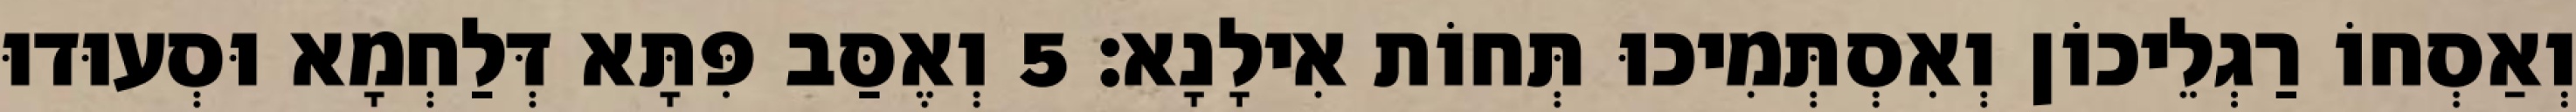
וְאַסְחוֹ רַגְלֵיכוֹן וְאִסְתְּמִיכוּ תְּחוֹת אִילָנָא׃ 5 וְאֶסַּב פִּתָּא דְּלַחְמָא וּסְעוּדוּ